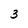
Character: 3